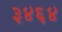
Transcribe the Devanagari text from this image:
३४६४